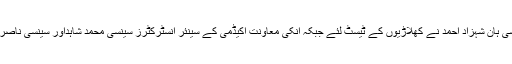
چیف ماسٹر شی ہان شہزاد احمد نے کھلاڑیوں کے ٹیسٹ لئے جبکہ انکی معاونت اکیڈمی کے سینئر انسٹرکٹرز سینسی محمد شاہداور سینسی ناصر احمدنے کی۔